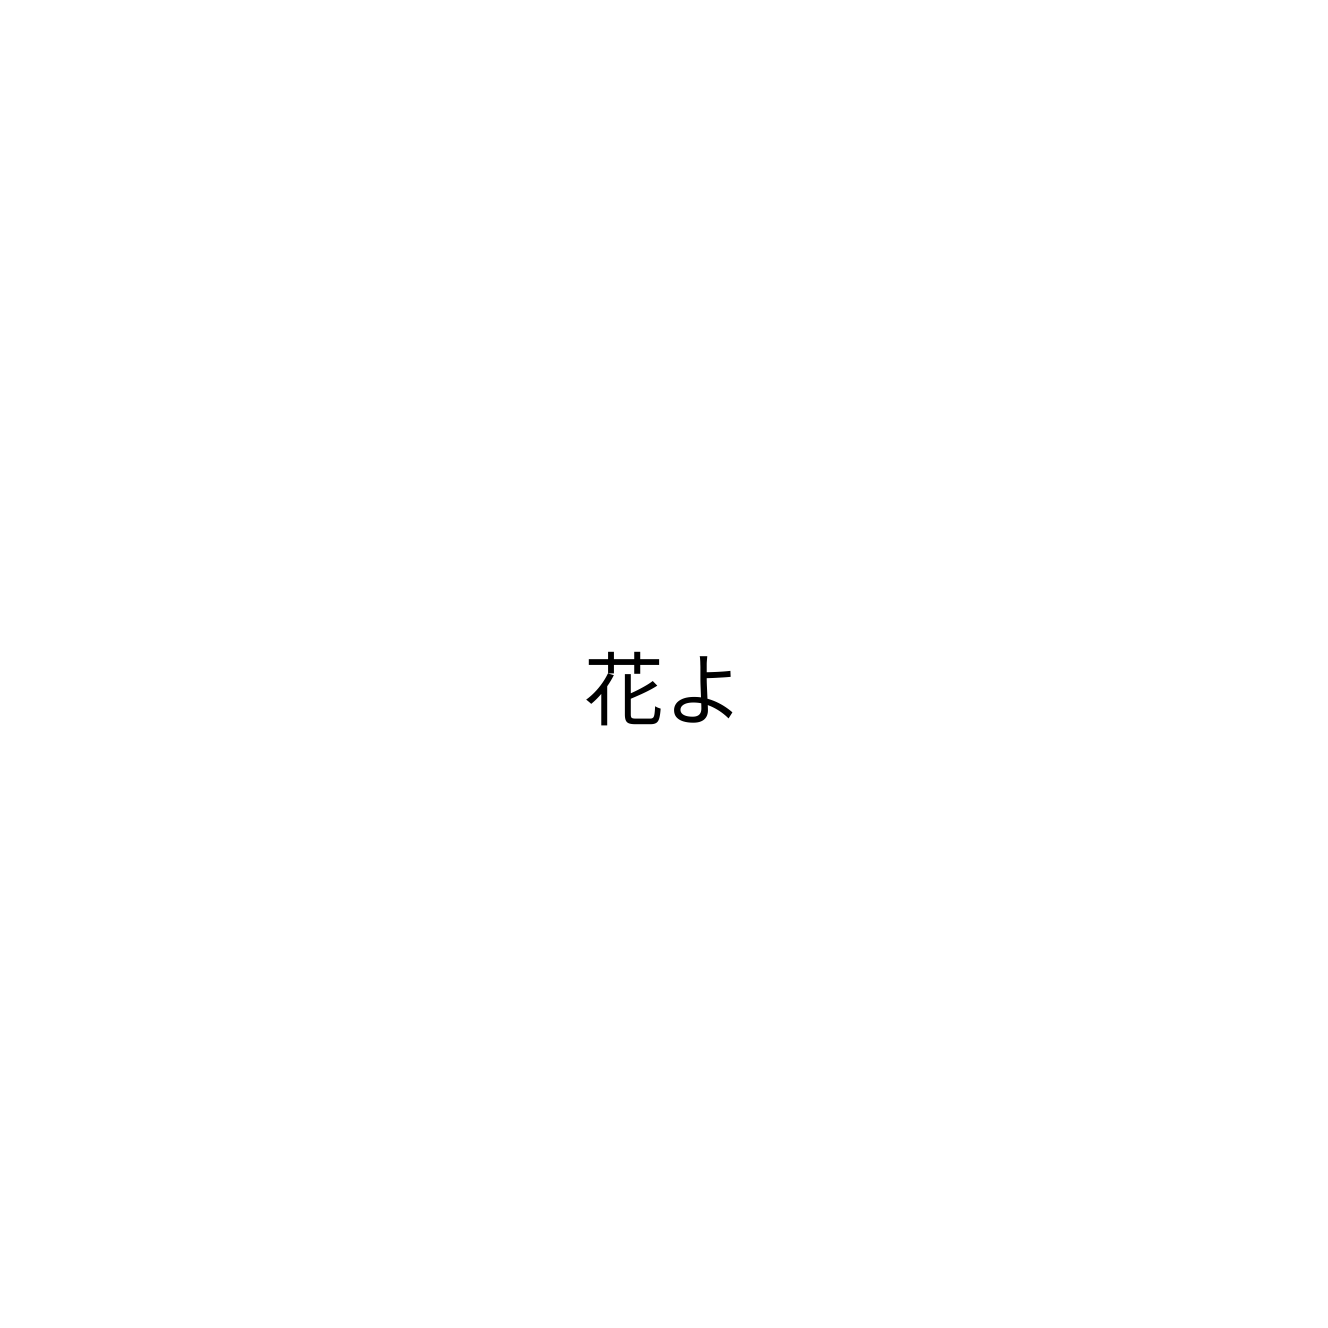
花よ